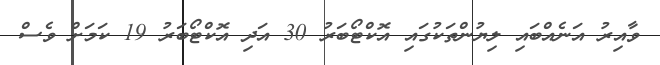
ވާއިރު އަނެއްބައި ލިޔުންތަކުގައި އޮކްޓޯބަރު 30 އަދި އޮކްޓޯބަރު 19 ކަމަށް ވެސް